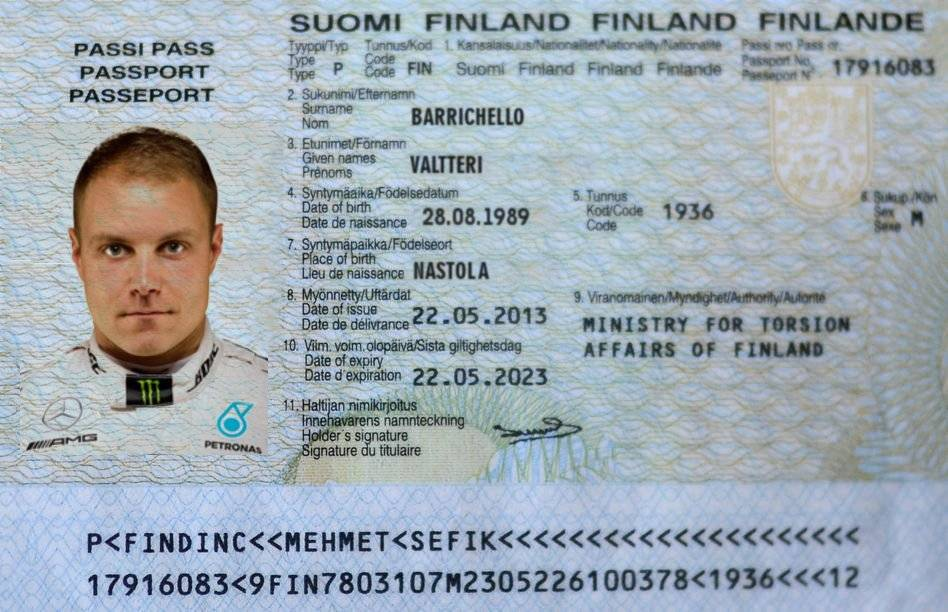
Language: fn